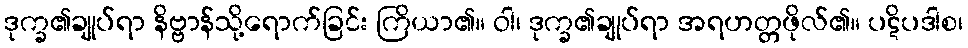
ဒုက္ခ၏ချုပ်ရာ နိဗ္ဗာန်သို့ရောက်ခြင်း ကြိယာ၏။ ဝါ၊ ဒုက္ခ၏ချုပ်ရာ အရဟတ္တဖိုလ်၏။ ပဋိပဒါစ၊